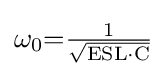
\omega _{0}{=}{\tfrac {1}{\sqrt {{\text{ESL}}\cdot {\text{C}}}}}